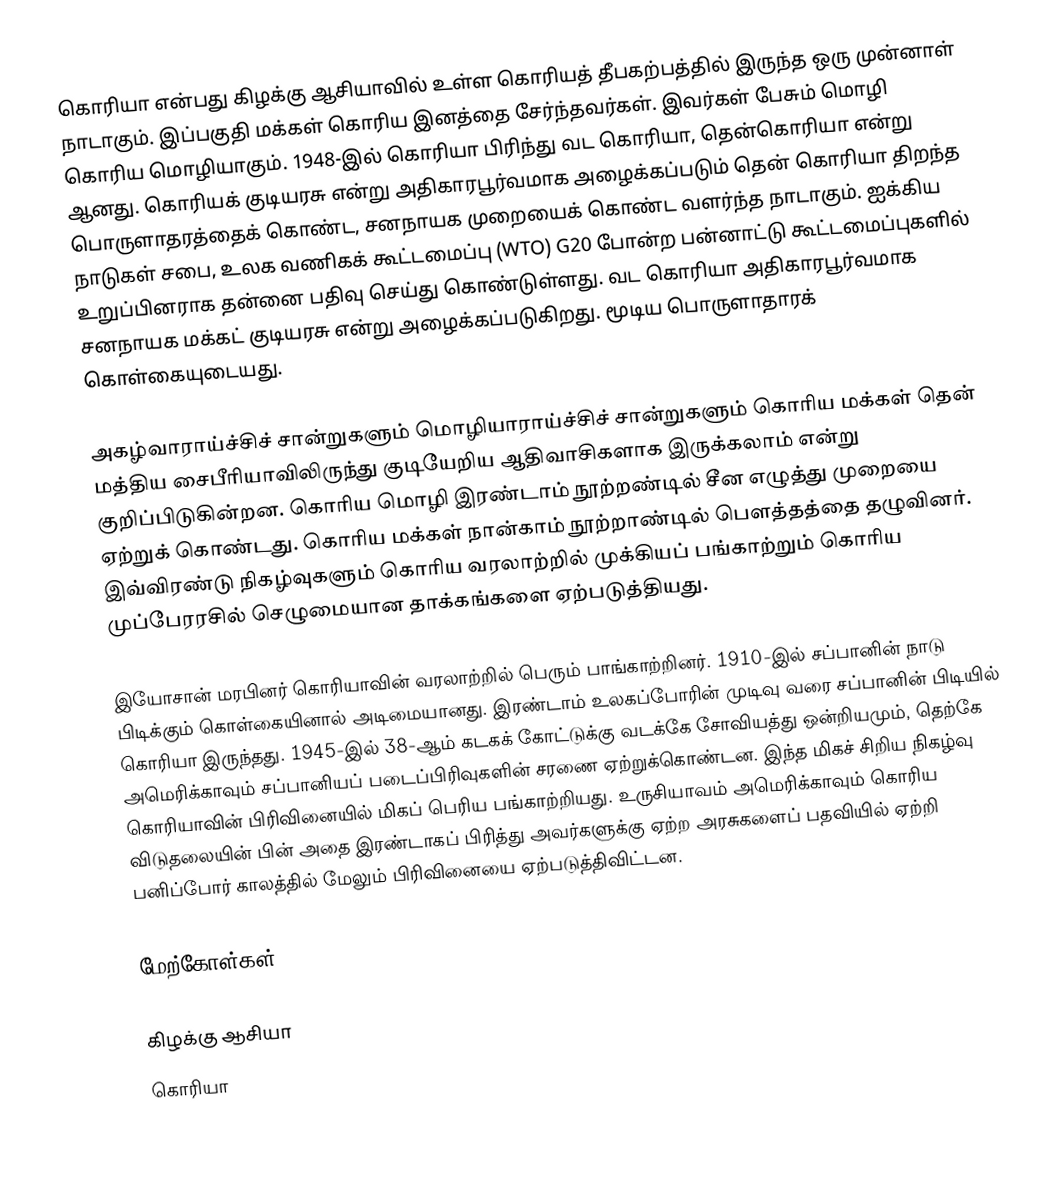
கொரியா என்பது கிழக்கு ஆசியாவில் உள்ள கொரியத் தீபகற்பத்தில் இருந்த ஒரு முன்னாள் நாடாகும். இப்பகுதி மக்கள் கொரிய இனத்தை சேர்ந்தவர்கள். இவர்கள் பேசும் மொழி கொரிய மொழியாகும். 1948-இல் கொரியா பிரிந்து வட கொரியா, தென்கொரியா என்று ஆனது. கொரியக் குடியரசு என்று அதிகாரபூர்வமாக அழைக்கப்படும் தென் கொரியா திறந்த பொருளாதரத்தைக் கொண்ட, சனநாயக முறையைக் கொண்ட வளர்ந்த நாடாகும். ஐக்கிய நாடுகள் சபை, உலக வணிகக் கூட்டமைப்பு (WTO) G20 போன்ற பன்னாட்டு கூட்டமைப்புகளில் உறுப்பினராக தன்னை பதிவு செய்து கொண்டுள்ளது. வட கொரியா அதிகாரபூர்வமாக சனநாயக மக்கட் குடியரசு என்று அழைக்கப்படுகிறது. மூடிய பொருளாதாரக் கொள்கையுடையது.

அகழ்வாராய்ச்சிச் சான்றுகளும் மொழியாராய்ச்சிச் சான்றுகளும் கொரிய மக்கள் தென் மத்திய சைபீரியாவிலிருந்து குடியேறிய ஆதிவாசிகளாக இருக்கலாம் என்று குறிப்பிடுகின்றன. கொரிய மொழி இரண்டாம் நூற்றண்டில் சீன எழுத்து முறையை ஏற்றுக் கொண்டது. கொரிய மக்கள் நான்காம் நூற்றாண்டில் பௌத்தத்தை தழுவினர். இவ்விரண்டு நிகழ்வுகளும் கொரிய வரலாற்றில் முக்கியப் பங்காற்றும் கொரிய முப்பேரரசில் செழுமையான தாக்கங்களை ஏற்படுத்தியது.

இயோசான் மரபினர் கொரியாவின் வரலாற்றில் பெரும் பாங்காற்றினர். 1910-இல் சப்பானின் நாடு பிடிக்கும் கொள்கையினால் அடிமையானது. இரண்டாம் உலகப்போரின் முடிவு வரை சப்பானின் பிடியில் கொரியா இருந்தது. 1945-இல் 38-ஆம் கடகக் கோட்டுக்கு வடக்கே சோவியத்து ஒன்றியமும், தெற்கே அமெரிக்காவும் சப்பானியப் படைப்பிரிவுகளின் சரணை ஏற்றுக்கொண்டன. இந்த மிகச் சிறிய நிகழ்வு கொரியாவின் பிரிவினையில் மிகப் பெரிய பங்காற்றியது. உருசியாவம் அமெரிக்காவும் கொரிய விடுதலையின் பின் அதை இரண்டாகப் பிரித்து அவர்களுக்கு ஏற்ற அரசுகளைப் பதவியில் ஏற்றி பனிப்போர் காலத்தில் மேலும் பிரிவினையை ஏற்படுத்திவிட்டன.

மேற்கோள்கள்

கிழக்கு ஆசியா
கொரியா